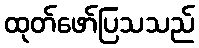
ထုတ်ဖော်ပြသသည်